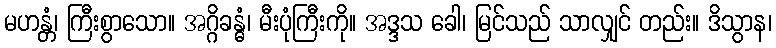
မဟန္တံ၊ ကြီးစွာသော။ အဂ္ဂိခန္ဓံ၊ မီးပုံကြီးကို။ အဒ္ဒသ ခေါ၊ မြင်သည် သာလျှင် တည်း။ ဒိသွာန၊